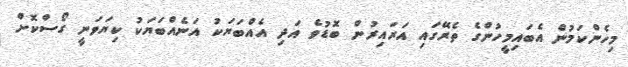
މިހެންކަމުން އެބައިމީހުންގެ ތެރޭގައި އަރައިރުން ބޮޑުވެ އަދި އެއްބަޔަކު އަނެއްބަޔަކު ކިޔަވަނީ ގޯސްކޮށް